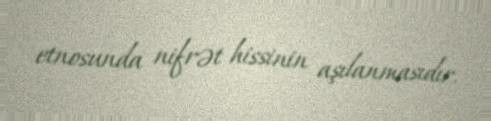
etnosunda nifrət hissinin aşılanmasıdır.